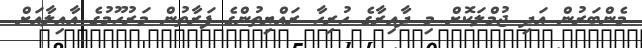
މެންބަރުން އަދި ޖުމްލަކޮށް މި ދާއިރާގެ ހުރިހާ ރައްޔިތުންގެ ފަރާތުން މަރުހޫމުގެ އާއިލާއަށް